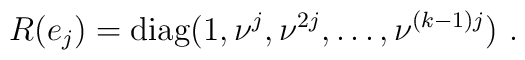
R(e_j)={\rm diag}(1,\nu^j,\nu^{2j},\ldots,\nu^{(k-1)j})\,\, .